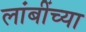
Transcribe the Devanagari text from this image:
लांबींच्या